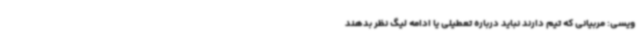
ویسی: مربیانی که تیم دارند نباید درباره تعطیلی یا ادامه لیگ نظر بدهند